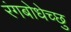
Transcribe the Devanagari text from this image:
रंगबोधेच्छु